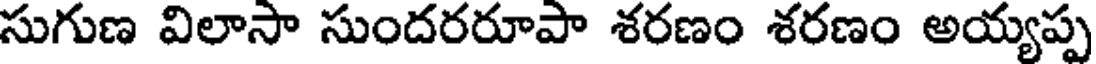
సుగుణ విలాసా సుందరరూపా శరణం శరణం అయ్యప్ప